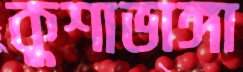
কুশাভাঙ্গা